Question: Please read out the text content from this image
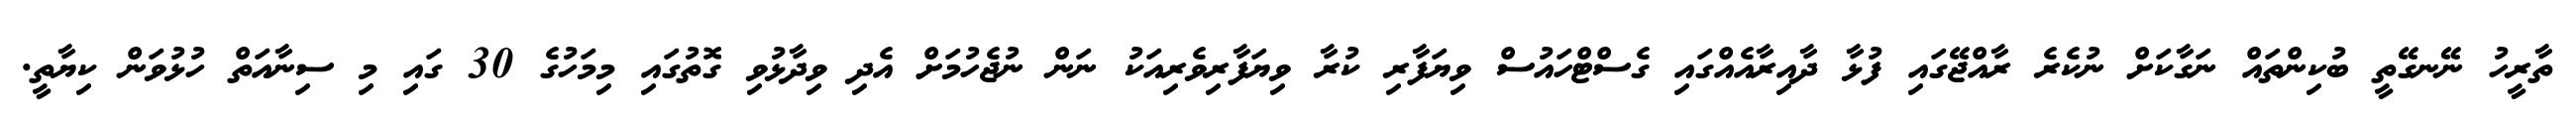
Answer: ތާރީހު ނޭނގޭތީ ބުކިންތައް ނަގާކަށް ނުކެރެ ރާއްޖޭގައި ފުޅާ ދާއިރާއެއްގައި ގެސްޓްހައުސް ވިޔަފާރި ކުރާ ވިޔަފާރިވެރިއަކު ނަން ނުޖެހުމަށް އެދި ވިދާޅުވި ގޮތުގައި މިމަހުގެ 30 ގައި މި ސިނާއަތް ހުޅުވަން ކިޔާތީ.